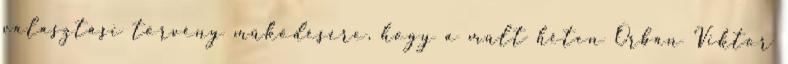
választási törvény működésére, hogy a múlt héten Orbán Viktor